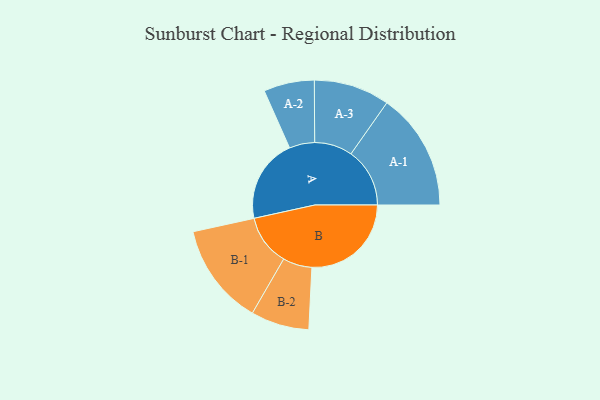
{"axis": {"x": "Segment", "y": "Value"}, "legend": ["", "A", "B"], "data": [{"x": "A", "y": 374, "type": ""}, {"x": "B", "y": 443, "type": ""}, {"x": "A-1", "y": 262, "type": "A"}, {"x": "A-2", "y": 113, "type": "A"}, {"x": "A-3", "y": 169, "type": "A"}, {"x": "B-1", "y": 227, "type": "B"}, {"x": "B-2", "y": 130, "type": "B"}]}